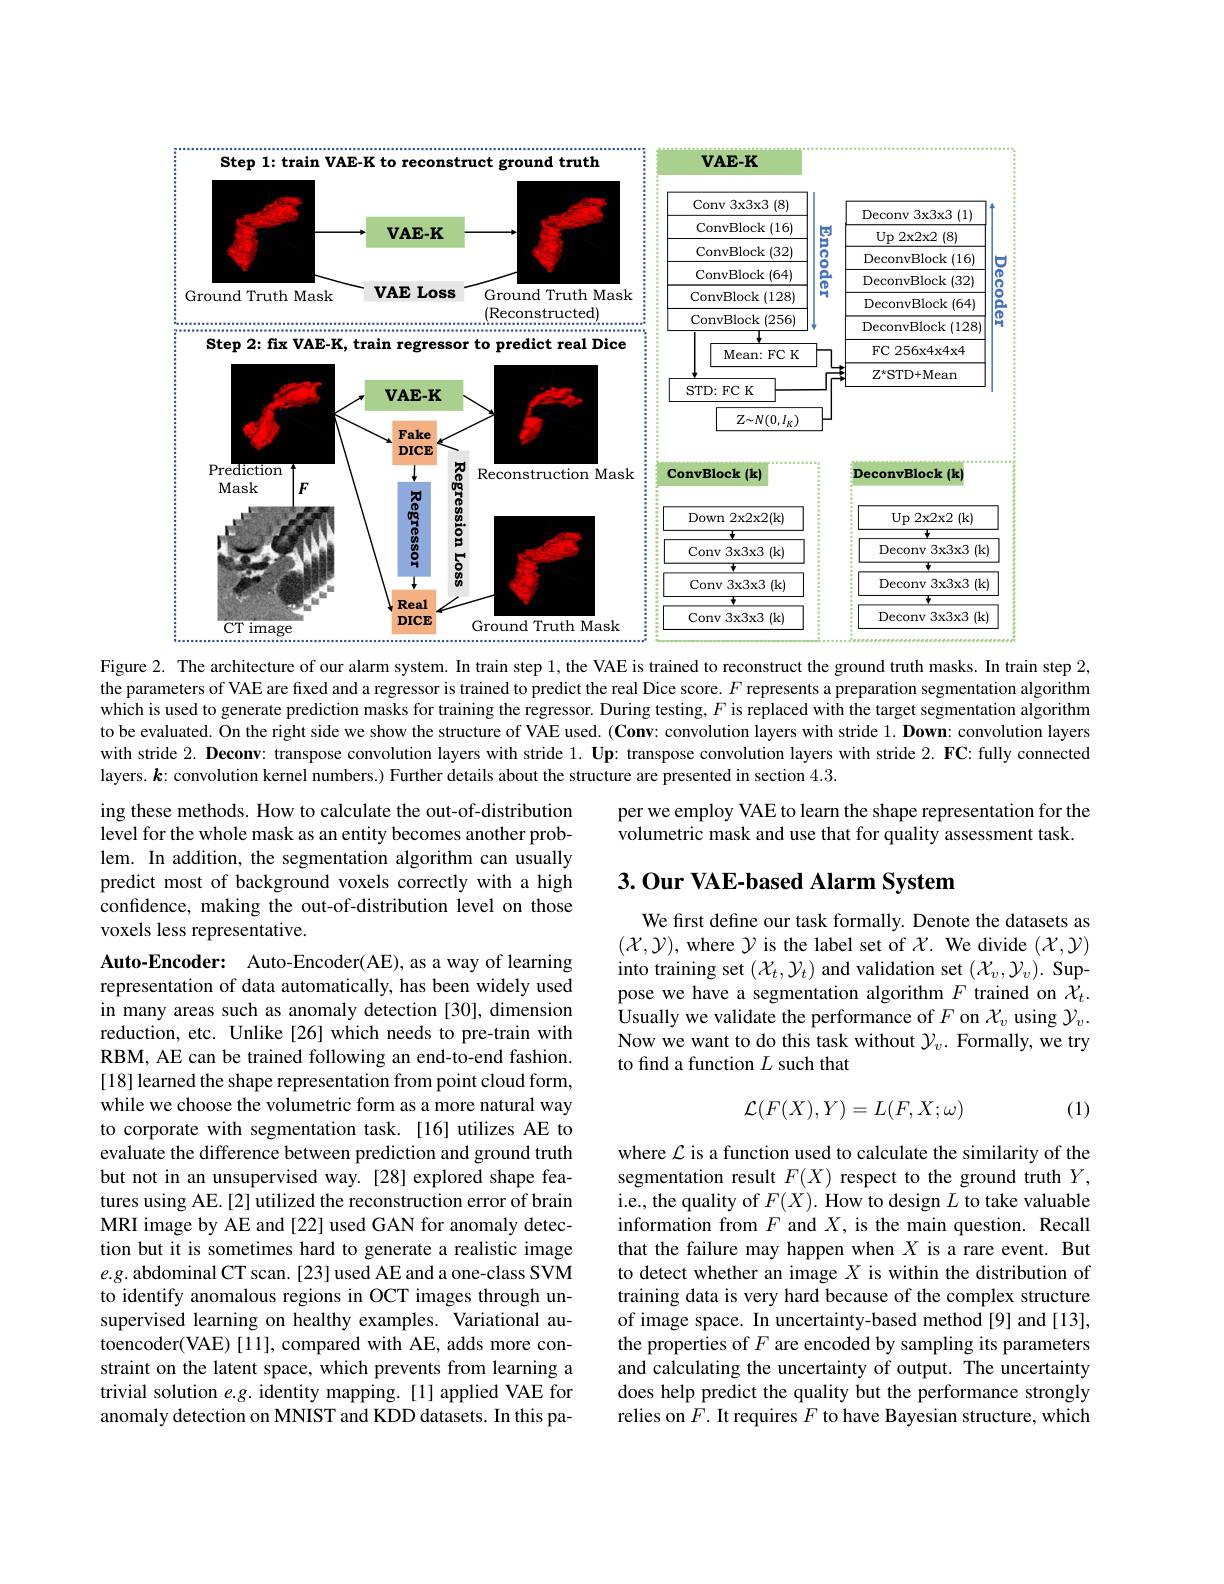
<FigureHere>

Figure 2. The architecture of our alarm system. In train step 1, the VAE is trained to reconstruct the ground truth masks. In train step 2,

the parameters of VAE are fixed and a regressor is trained to predict the real Dice score. $F$ represents a preparation segmentation algorithm $\dot{\text{which is used to generate prediction masks for training the regressor. During testing, }F\text{ is replaced with the target segmentation algorithm}}$ to be evaluated. On the right side we show the structure of VAE used. (Conv: convolution layers with stride $1. \textbf{Down: convolution layers}$ with stride $2. \textbf{Deconv: transpose convolution layers with stride }1. \textbf{Up: transpose convolution layers with stride }2. \textbf{FC: fully connected}$ layers. $\boldsymbol{k}$: convolution kernel numbers.) Further details about the structure are presented in section 4.3.

per we employ VAE to learn the shape representation for the
volumetric mask and use that for quality assessment task.

ing these methods. How to calculate the out-of-distribution level for the whole mask as an entity becomes another problem. In addition, the segmentation algorithm can usually predict most of background voxels correctly with a high confidence, making the out-of-distribution level on those voxels less representative.

# 3. Our VAE-based Alarm System

We first define our task formally. Denote the datasets as $(\mathcal{X},\mathcal{Y})$,where $\mathcal{Y}$ is the label set of $\mathcal{X}.$ We divide $(\mathcal{X},\mathcal{Y})$ into training set $(\mathcal{X}_t,\mathcal{Y}_t)$ and validation set $(\mathcal{X}_v,\mathcal{Y}_v).$ Suppose we have a segmentation algorithm $F$ trained on $\chi_t.$ Usually we validate the performance of $F$ on $\mathcal{X}_v$ using $\mathcal{Y}_v.$ Now we want to do this task without $\mathcal{Y}_v.$ Formally, we try to find a function $L$ such that
$$\mathcal{L}(F(X),Y)=L(F,X;\omega)$$
(1)

Auto-Encoder: Auto-Encoder(AE), as a way of learning representation of data automatically, has been widely used in many areas such as anomaly detection [30], dimension reduction, etc. Unlike[26] which needs to pre-train with RBM, AE can be trained following an end-to-end fashion. [18] learned the shape representation from point cloud form, while we choose the volumetric form as a more natural way to corporate with segmentation task.[16] utilizes AE to evaluate the difference between prediction and ground truth but not in an unsupervised way. [28] explored shape features using AE.[2] utilized the reconstruction error of brain MRI image by AE and [22] used GAN for anomaly detection but it is sometimes hard to generate a realistic image $e.g.$ abdominal CT scan. [23] used AE and a one-class SVM to identify anomalous regions in OCT images through unsupervised learning on healthy examples. Variational autoencoder(VAE)[11],compared with AE, adds more constraint on the latent space, which prevents from learning a trivial solution e.g. identity mapping. [1] applied VAE for anomaly detection on MNIST and KDD datasets. In this pa-

where $\mathcal{L}$ is a function used to calculate the similarity of the segmentation result $F(X)$ respect to the ground truth $Y$, i.e., the quality of $F(X).$ How to design $L$ to take valuable information from $F$ and $X$, is the main question. Recall that the failure may happen when $X$ is a rare event. But to detect whether an image $X$ is within the distribution of training data is very hard because of the complex structure of image space. In uncertainty-based method[9] and[13], the properties of $F$ are encoded by sampling its parameters and calculating the uncertainty of output. The uncertainty does help predict the quality but the performance strongly relies on $F.$ It requires $F$ to have Bayesian structure, which